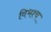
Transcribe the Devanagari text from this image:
विभश्च